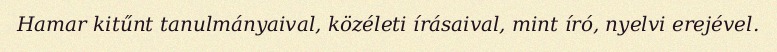
Hamar kitűnt tanulmányaival, közéleti írásaival, mint író, nyelvi erejével.